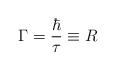
\begin{align*}\Gamma = \frac{\hbar}{\tau} \equiv R\end{align*}